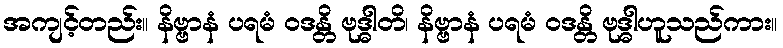
အကျင့်တည်း။ နိဗ္ဗာနံ ပရမံ ဝဒန္တိ ဗုဒ္ဓါတိ၊ နိဗ္ဗာနံ ပရမံ ဝဒန္တိ ဗုဒ္ဓါဟူသည်ကား။